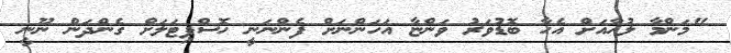
"މަންމާ ލުހާއަށް އެހާ ބޮޑުވަރު ވަންޏާ އަހަންނަށް ފެންނަނީ ހޮސްޕިޓަލަށް ގެންދަން ނޫނީ